Lunatic asylums Madras 1877-1891 - 1877-1891
Year: 1877
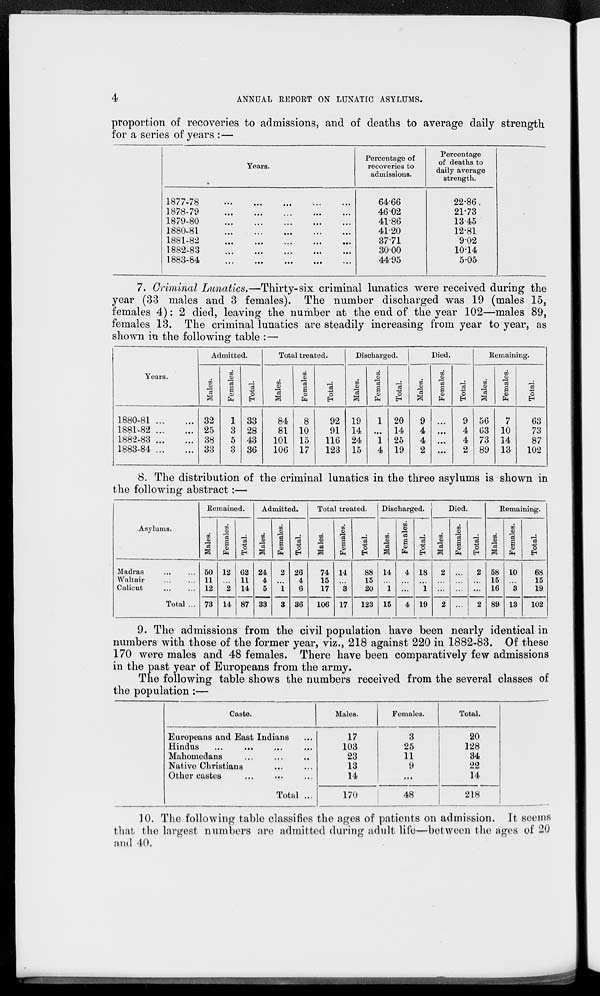
4
ANNUAL REPORT ON LUNATIC ASYLUMS.
proportion of recoveries to admissions, and of deaths to average daily strength
for a series of years :—
Years.
l877-78
...
...
...
...
...
1878-79
...
...
...
...
...
1879-80
...
...
...
...
...
1880-81
...
...
...
...
...
1881-82
...
...
...
...
...
1882-83
...
...
...
...
...
1883-84
...
...
...
...
...
Percentage of
recoveries to
admissions.
64.66
46.02
41.86
41.20
37.71
30.00
44.95
Percentage
of deaths to
daily average
strength.
22.86
21.73
13.45
12.81
9.02
10.14
5.05
7. Criminal Lunatics.—Thirty-six criminal lunatics were received during the
year (33 males and 3 females). The number discharged was 19 (males 15,
females 4): 2 died, leaving the number at the end of the year 102—males 89,
females 13. The criminal lunatics are steadily increasing from year to year, as
shown in the following table :—
Years.
1880-81 ... ...
1881-82 ... ...
1882-83 ... ...
1883-84 ... ...
Admitted.
Males.
32
25
38
33
Females.
1
3
5
3
Total.
33
28
43
36
Total treated.
Males.
84
81
101
106
Females.
8
10
15
17
Total.
92
91
116
123
Discharged.
Males.
19
14
24
15
Females.
1
...
1
4
Total.
20
14
25
19
Died.
Males.
9
4
4
2
Females.
...
...
...
...
Total.
9
4
4
2
Remaining.
Males.
56
63
73
89
Females.
7
10
14
13
Total.
63
73
87
102
8. The distribution of the criminal lunatics in the three asylums is shown in
the following abstract:—
Asylums.
Madras ... ...
Waltair
...
...
Calicut ... ...
Total ...
Remained.
Males.
50
11
12
73
Females.
12
...
2
14
Total.
62
11
14
87
Admitted.
Males.
24
4
5
33
Females.
2
...
1
3
Total.
26
4
6
36
Total treated.
Males.
74
15
17
106
Females.
14
...
3
17
Total.
88
15
20
123
Discharged.
Males.
14
...
1
15
Females.
4
...
...
4
Total.
18
...
1
19
Died.
Males.
2
...
...
2
Females.
...
...
...
...
Total.
2
...
...
2
Remaining.
Males.
58
15
16
89
Females.
10
...
3
13
Total.
68
15
19
102
9. The admissions from the civil population have been nearly identical in
numbers with those of the former year, viz., 218 against 220 in 1882-83. Of these
170 were males and 48 females. There have been comparatively few admissions
in the past year of Europeans from the army.
The following table shows the numbers received from the several classes of
the population :—
Caste.
Europeans and East Indians...
Hindus ... ... ... ...
Mahomedans ... ... ...
Native Christians... ...
Other castes ... ... ...
Total ...
Males.
17
103
23
13
14
170
Females.
3
25
11
9
...
48
Total.
20
128
34
22
14
218
10. The following table classifies the ages of patients on admission. It seems
that the largest numbers are admitted during adult life—between the ages of 20
and 40.